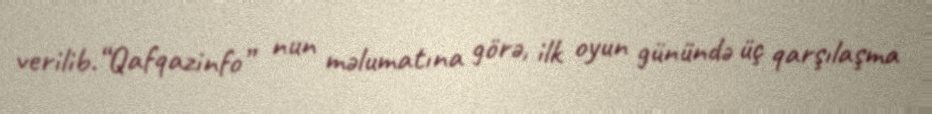
verilib.“Qafqazinfo” nun məlumatına görə, ilk oyun günündə üç qarşılaşma